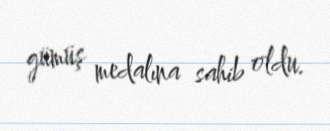
gümüş medalına sahib oldu.